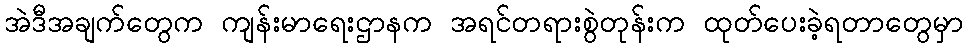
အဲဒီအချက်တွေက ကျန်းမာရေးဌာနက အရင်တရားစွဲတုန်းက ထုတ်ပေးခဲ့ရတာတွေမှာ